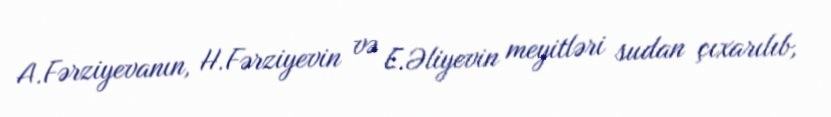
A.Fərziyevanın, H.Fərziyevin və E.Əliyevin meyitləri sudan çıxarılıb,